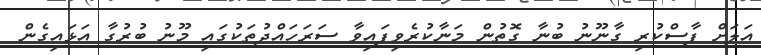
އަލަށް ފާސްކުރި ގާނޫނު ބުނާ ގޮތުން މަނާކުރެވިފައިވާ ސަރަހައްދުތަކުގައި މޫނު ބުރުގާ އަޅައިގެން